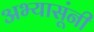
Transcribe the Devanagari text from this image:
अभ्यासूंनी